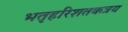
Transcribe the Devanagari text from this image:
भतृहरिशतकत्रय